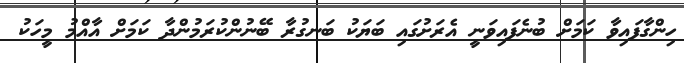
ހިންގާފައިވާ ކަމަށް ބުނެފައިވަނީ އެރަށުގައި ބަޔަކު ބަނގުރާ ބޭނުންކުރަމުންދާ ކަމަށް އާއްމު މީހަކު